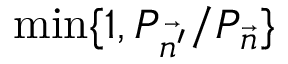
\mathrm { m i n } \{ 1 , P _ { \vec { n ^ { \prime } } } / P _ { \vec { n } } \}